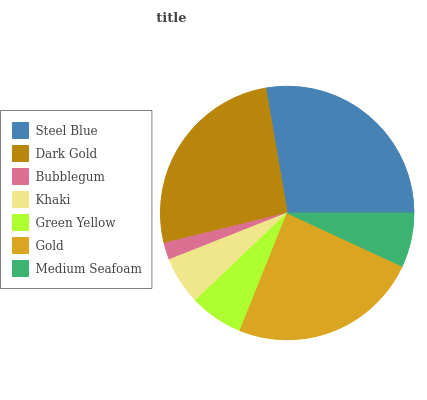
| Steel Blue | Dark Gold | Bubblegum | Khaki | Green Yellow | Gold | Medium Seafoam |
 | --- | --- | --- | --- | --- | --- | --- |
 | 27.7% | 26.1% | 2.16% | 6.11% | 6.83% | 24.2% | 6.91% |